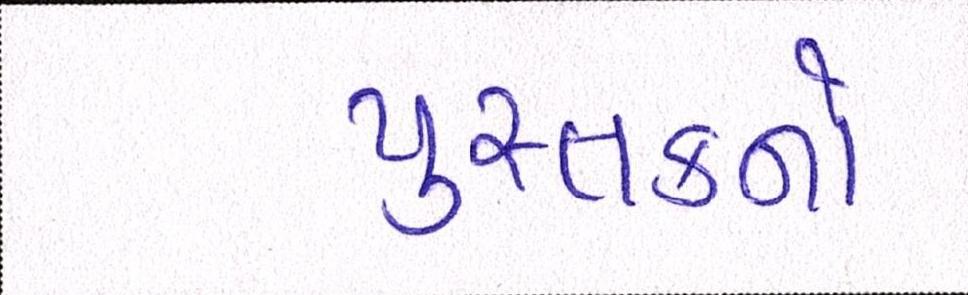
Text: પુસ્તકનો